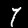
Label: 7